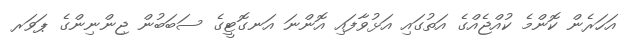
އަހަރެން ކޮންމެ ކުއްޖެއްގެ އަތުގައި އަޅުވާފައި އޮންނަ އަނގޮޓީގެ ސަބަބުން ޖިންނިންގެ ޕަވަރ